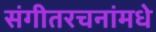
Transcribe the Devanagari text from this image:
संगीतरचनांमधे